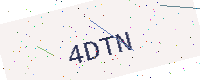
Text: 4DTN